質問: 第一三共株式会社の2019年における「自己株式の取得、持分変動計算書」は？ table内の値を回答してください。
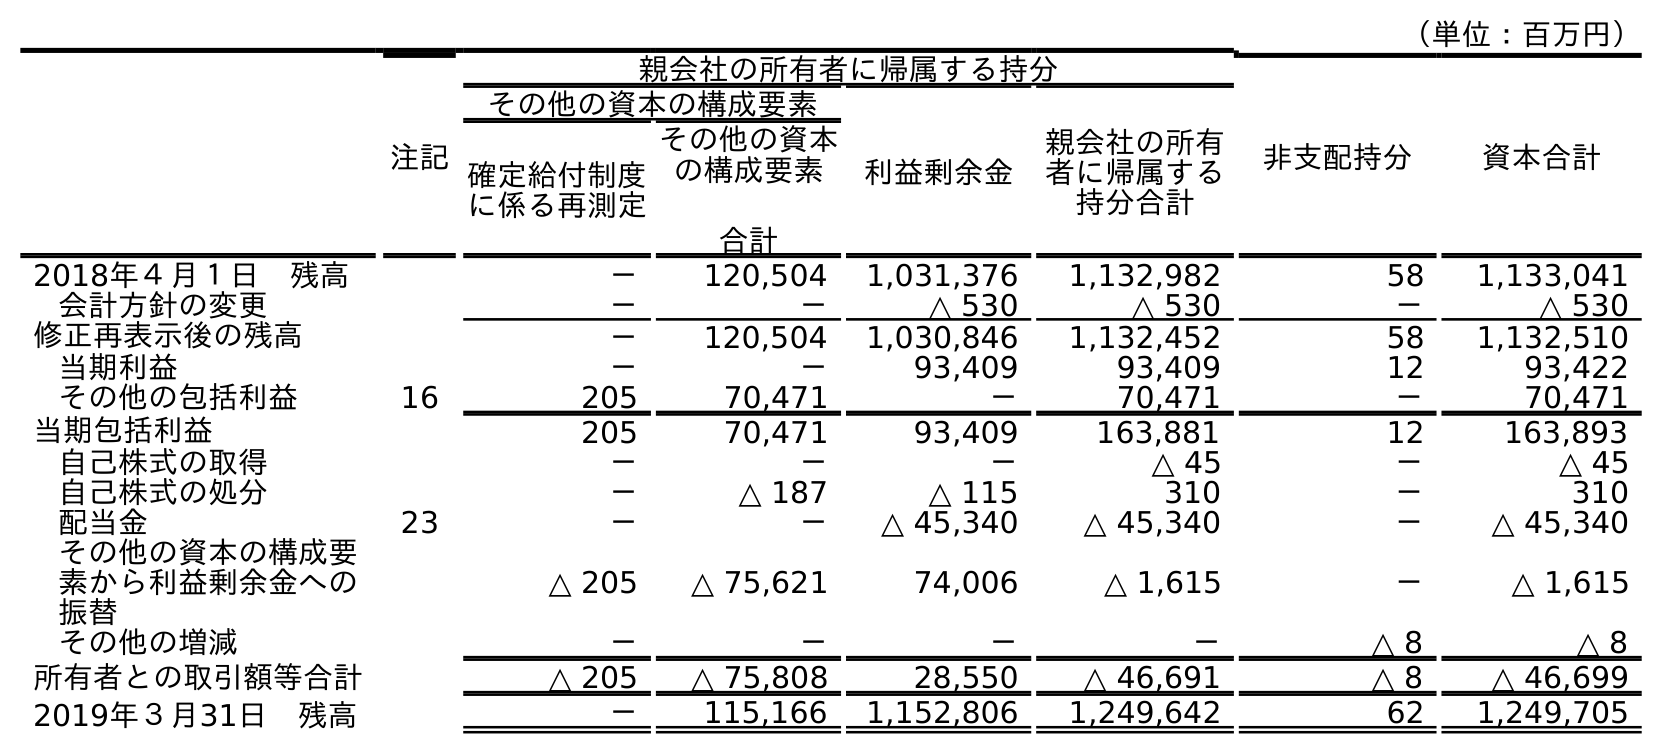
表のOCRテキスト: （単位：百万円） 注記 親会社の所有者に帰属する持分 非支配持分 資本合計 その他の資本の構成要素 利益剰余金 親会社の所有 者に帰属する 持分合計 確定給付制度 に係る再測定 その他の資本 の構成要素 合計 2018年４月１日 残高 － 120,504 1,031,376 1,132,982 58 1,133,041 会計方針の変更 － － △ 530 △ 530 － △ 530 修正再表示後の残高 － 120,504 1,030,846 1,132,452 58 1,132,510 当期利益 － － 93,409 93,409 12 93,422 その他の包括利益 16 205 70,471 － 70,471 － 70,471 当期包括利益 205 70,471 93,409 163,881 12 163,893 自己株式の取得 － － － △ 45 － △ 45 自己株式の処分 － △ 187 △ 115 310 － 310 配当金 23 － － △ 45,340 △ 45,340 － △ 45,340 その他の資本の構成要 素から利益剰余金への 振替 △ 205 △ 75,621 74,006 △ 1,615 － △ 1,615 その他の増減 － － － － △ 8 △ 8 所有者との取引額等合計 △ 205 △ 75,808 28,550 △ 46,691 △ 8 △ 46,699 2019年３月31日 残高 － 115,166 1,152,806 1,249,642 62 1,249,705
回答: △45